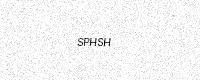
Text: SPHSH